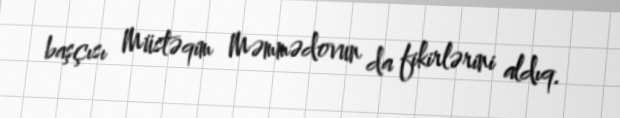
başçısı Müstəqim Məmmədovun da fikirlərini aldıq.